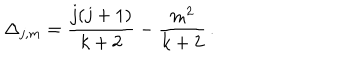
LaTeX: \Delta _ { j , m } = \frac { j ( j + 1 ) } { k + 2 } - \frac { m ^ { 2 } } { k + 2 } \, .